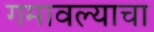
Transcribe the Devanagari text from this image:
गमावल्याचा